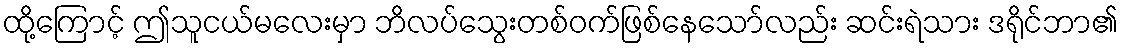
ထို့ကြောင့် ဤသူငယ်မလေးမှာ ဘိလပ်သွေးတစ်ဝက်ဖြစ်နေသော်လည်း ဆင်းရဲသား ဒရိုင်ဘာ၏